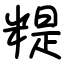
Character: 䊓